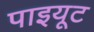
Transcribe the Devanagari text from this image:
पाइयूट